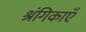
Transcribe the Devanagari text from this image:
श्रंगिकाएँ